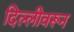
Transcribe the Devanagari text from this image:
दिल्लीवरून